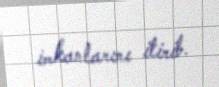
imkanlarını itirib.